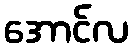
အောင်လ